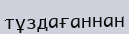
тұздағаннан